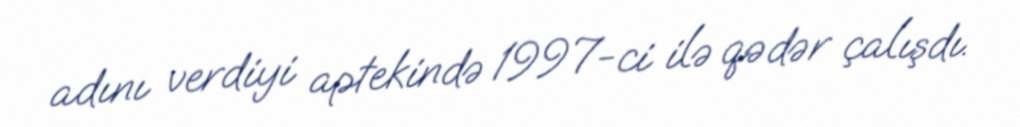
adını verdiyi aptekində 1997-ci ilə qədər çalışdı.